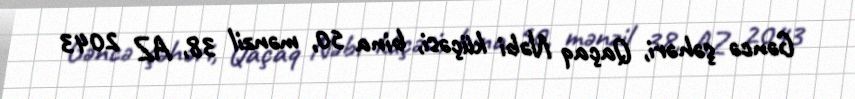
Gəncə şəhəri, Qaçaq Nəbi küçəsi, bina 50, mənzil 38, AZ 2043